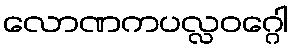
လောဏကပလ္လဝဂ္ဂေါ